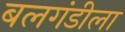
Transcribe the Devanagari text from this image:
बलगंडीला